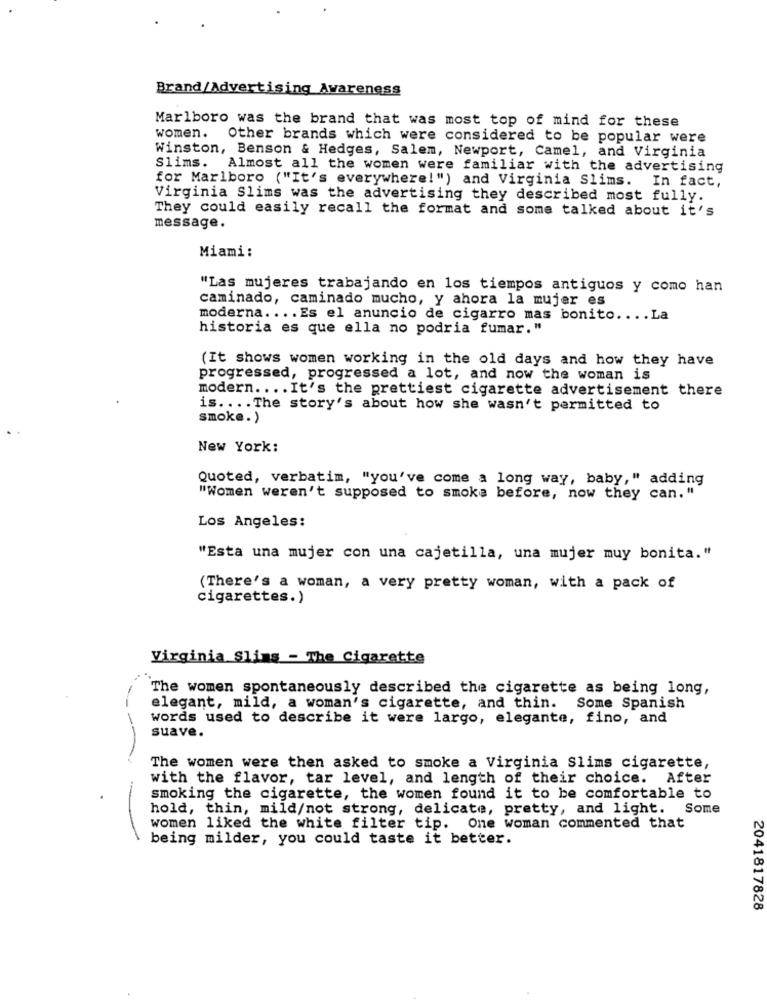
Brand/Advertising Awareness
Marlboro was the brand that was most top of mind for these
women. Other brands which were considered to be popular were
Winston, Benson & Hedges, Salem, Newport, Camel, and Virginia
Slims.
Almost all the women were familiar with the advertising
for Marlboro ("It's everywhere!") and Virginia Slims. In fact,
Virginia Slims was the advertising they described most fully.
They could easily recall the format and some talked about it's
message.
Miami:
"Las mujeres trabajando en los tiempos antiguos y como han
caminado, caminado mucho, y ahora la mujer es
moderna .... Es el anuncio de cigarro mas bonito .... La
historia es que ella no podria fumar."
(It shows women working in the old days and how they have
progressed, progressed a lot, and now the woman is
modern .... It's the prettiest cigarette advertisement there
is .... The story's about how she wasn't permitted to
smoke.)
New York:
Quoted, verbatim, "you've come a long way, baby," adding
"Women weren't supposed to smoke before, now they can."
Los Angeles:
"Esta una mujer con una cajetilla, una mujer muy bonita."
(There's a woman, a very pretty woman, with a pack of
cigarettes.)
Virginia Slims - The Cigarette
The women spontaneously described the cigarette as being long,
elegant, mild, a woman's cigarette, and thin. Some Spanish
words used to describe it were largo, elegante, fino, and
suave.
The women were then asked to smoke a Virginia Slims cigarette,
with the flavor, tar level, and length of their choice. After
smoking the cigarette, the women found it to be comfortable to
hold, thin, mild/not strong, delicate, pretty, and light. Some
women liked the white filter tip. One woman commented that
being milder, you could taste it better.
2041817828